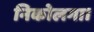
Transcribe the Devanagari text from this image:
निकोलगा।